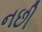
નછી